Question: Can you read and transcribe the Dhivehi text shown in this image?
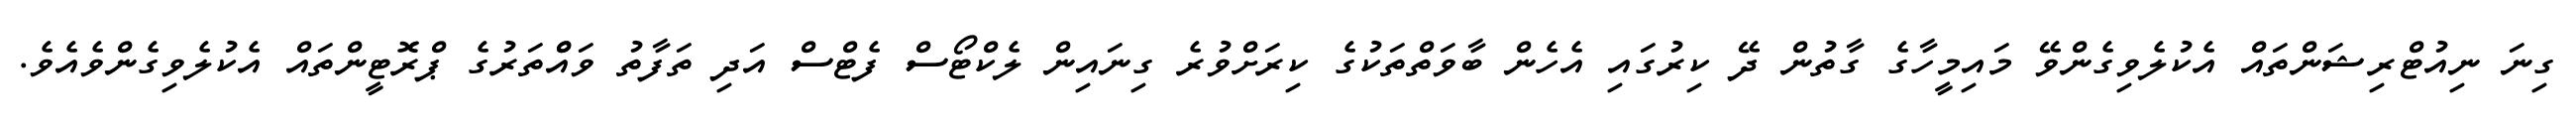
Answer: ގިނަ ނިއުޓްރިޝަންތައް އެކުލެވިގެންވޭ މައިމީހާގެ ގާތުން ދޭ ކިރުގައި އެހެން ބާވަތްތަކުގެ ކިރަށްވުރެ ގިނައިން ލެކްޓޯސް ފެޓްސް އަދި ތަފާތު ވައްްތަރުގެ ޕްރޮޓީންތައް އެކުލެވިގެންވެއެވެ.